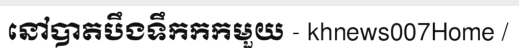
នៅបាតបឹងទឹកកកមួយ - khnews007Home /